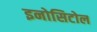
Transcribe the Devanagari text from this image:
इनोसिटोल